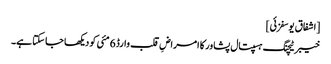
[اشفاق یوسفزئی]
خیبر ٹیچنگ ہسپتال پشاور کا امراضِ قلب وارڈ 6 مئی کو دیکھا جا سکتا ہے۔